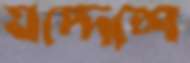
যদ্দেশে